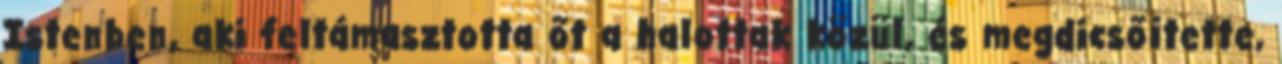
Istenben, aki feltámasztotta őt a halottak közül, és megdicsőítette,